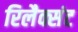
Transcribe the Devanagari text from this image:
रिलैक्संट